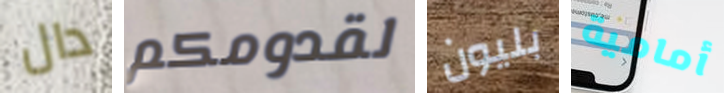
دال لقدومكم بليون أمامية